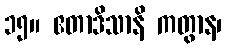
၁၅။ ဧတာဒိသာနိ ကတွာန၊